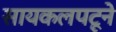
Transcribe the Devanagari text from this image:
सायकलपटूने